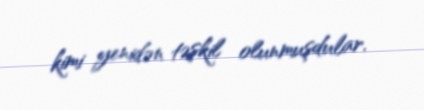
kimi yenidən təşkil olunmuşdular.